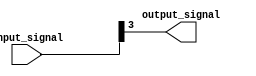
module bit_select_assign (
    input [7:0] input_signal,
    output reg output_signal
);

always @* begin
    output_signal = input_signal[3]; // Assigning bit 3 of input_signal to output_signal
    // Alternatively, you can assign a range of bits like output_signal = input_signal[5:2];
end

endmodule